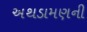
અથડામણની